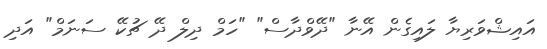
އައިޝްވަރިޔާ ލައިގެން އޭނާ "ދޭވްދާސް" "ހަމް ދިލް ދޭ ޗުކޭ ސަނަމް" އަދި